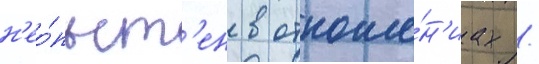
н'ео́пыт'ен в отноше́н'иах /